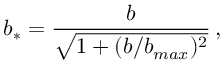
b _ { * } = { \frac b { \sqrt { 1 + ( b / b _ { m a x } ) ^ { 2 } } } } \, ,